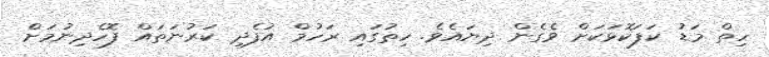
ހިތް މަޑު ކަފަކޮޅަކަށް ވެގެން ދިޔައެވެ. ހިތުގައި ރަހުމް އުފެދި ކަރުނަތައް ފޮހެދިނުމަށް